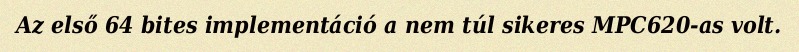
Az első 64 bites implementáció a nem túl sikeres MPC620-as volt.